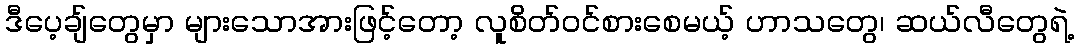
ဒီပေ့ချ်တွေမှာ များသောအားဖြင့်တော့ လူစိတ်ဝင်စားစေမယ့် ဟာသတွေ၊ ဆယ်လီတွေရဲ့